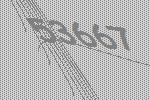
53667